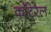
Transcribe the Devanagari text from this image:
कॉटेरेल